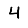
Digit: 4